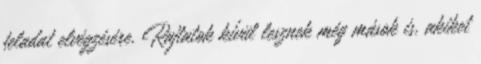
feladat elvégzésére. Rajtatok kívül lesznek még mások is, akiket